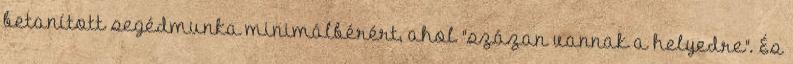
betanított segédmunka minimálbérért, ahol "százan vannak a helyedre". És